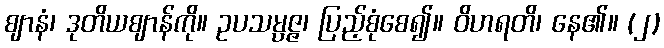
ဈာနံ၊ ဒုတိယဈာန်ကို။ ဥပသမ္ပဇ္ဇ၊ ပြည့်စုံစေ၍။ ဝိဟရတိ၊ နေ၏။ (၂)